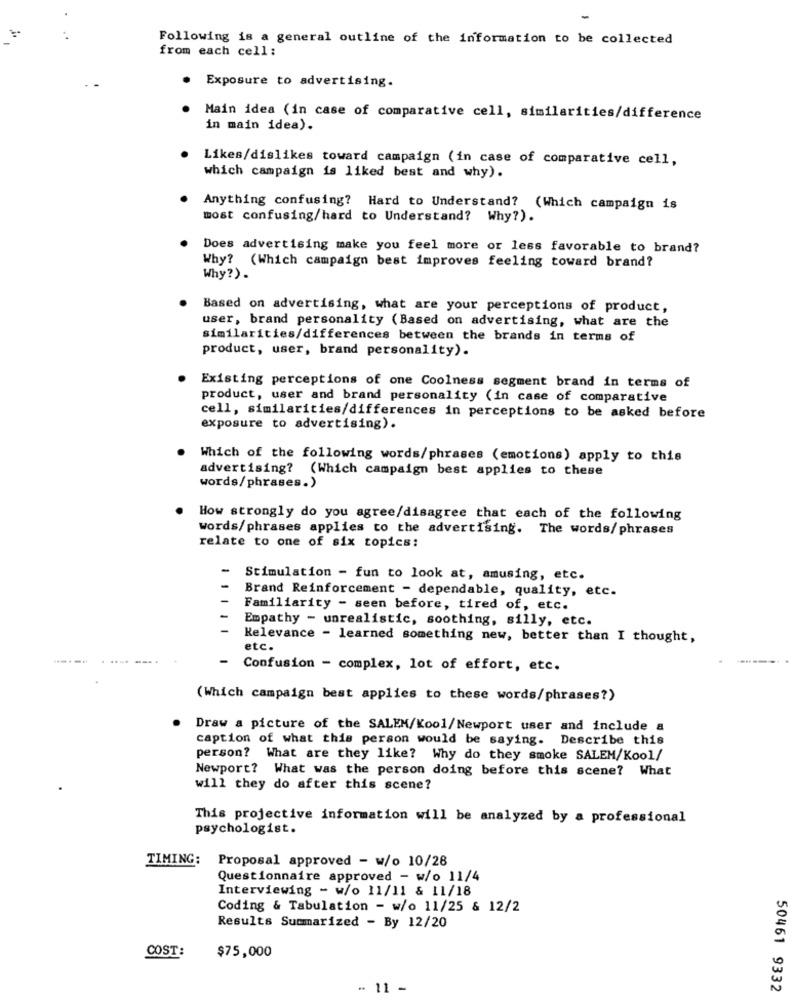
Following is a general outline of the information to be collected
from each cell:
Exposure to advertising.
Main idea (in case of comparative cell, similarities/difference
in main idea).
Likes/dislikes toward campaign (in case of comparative cell,
which campaign is liked best and why).
Anything confusing? Hard to Understand? (Which campaign is
most confusing/hard to Understand? Why?).
Does advertising make you feel more or less favorable to brand?
Why? (Which campaign best improves feeling toward brand?
Why?) .
Based on advertising, what are your perceptions of product,
user, brand personality (Based on advertising, what are the
similarities/differences between the brands in terms of
product, user, brand personality).
Existing perceptions of one Coolness segment brand in terms of
product, user and brand personality (in case of comparative
cell, similarities/differences in perceptions to be asked before
exposure to advertising).
Which of the following words/phrases (emotions) apply to this
advertising? (Which campaign best applies to these
words/phrases.)
How strongly do you agree/disagree that each of the following
words/phrases applies to the advertising. The words/ phrases
relate to one of six topics:
-
Stimulation - fun to look at, amusing, etc.
Brand Reinforcement - dependable, quality, etc.
Familiarity - seen before, tired of, etc.
Empathy - unrealistic, soothing, silly, etc.
Relevance - learned something new, better than I thought,
etc.
-------- --.
- Confusion - complex, lot of effort, etc.
(Which campaign best applies to these words/phrases?)
Draw a picture of the SALEM/Kool/Newport user and include a
caption of what this person would be saying. Describe this
person? What are they like? Why do they smoke SALEM/Kool/
Newport? What was the person doing before this scene? What
will they do after this scene?
This projective information will be analyzed by a professional
psychologist.
TIMING:
Proposal approved - w/o 10/28
Questionnaire approved - w/o 11/4
Interviewing - w/o 11/11 & 11/18
Coding & Tabulation - w/o 11/25 & 12/2
Results Summarized - By 12/20
COST:
$75,000
- 11 -
50461 9332